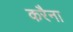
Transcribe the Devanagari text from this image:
करैना